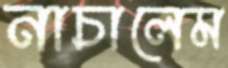
নাচালেম